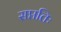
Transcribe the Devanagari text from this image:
सप्ततिः